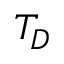
T _ { D }